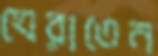
ঘেরাতেন